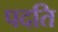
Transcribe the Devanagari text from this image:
पदति